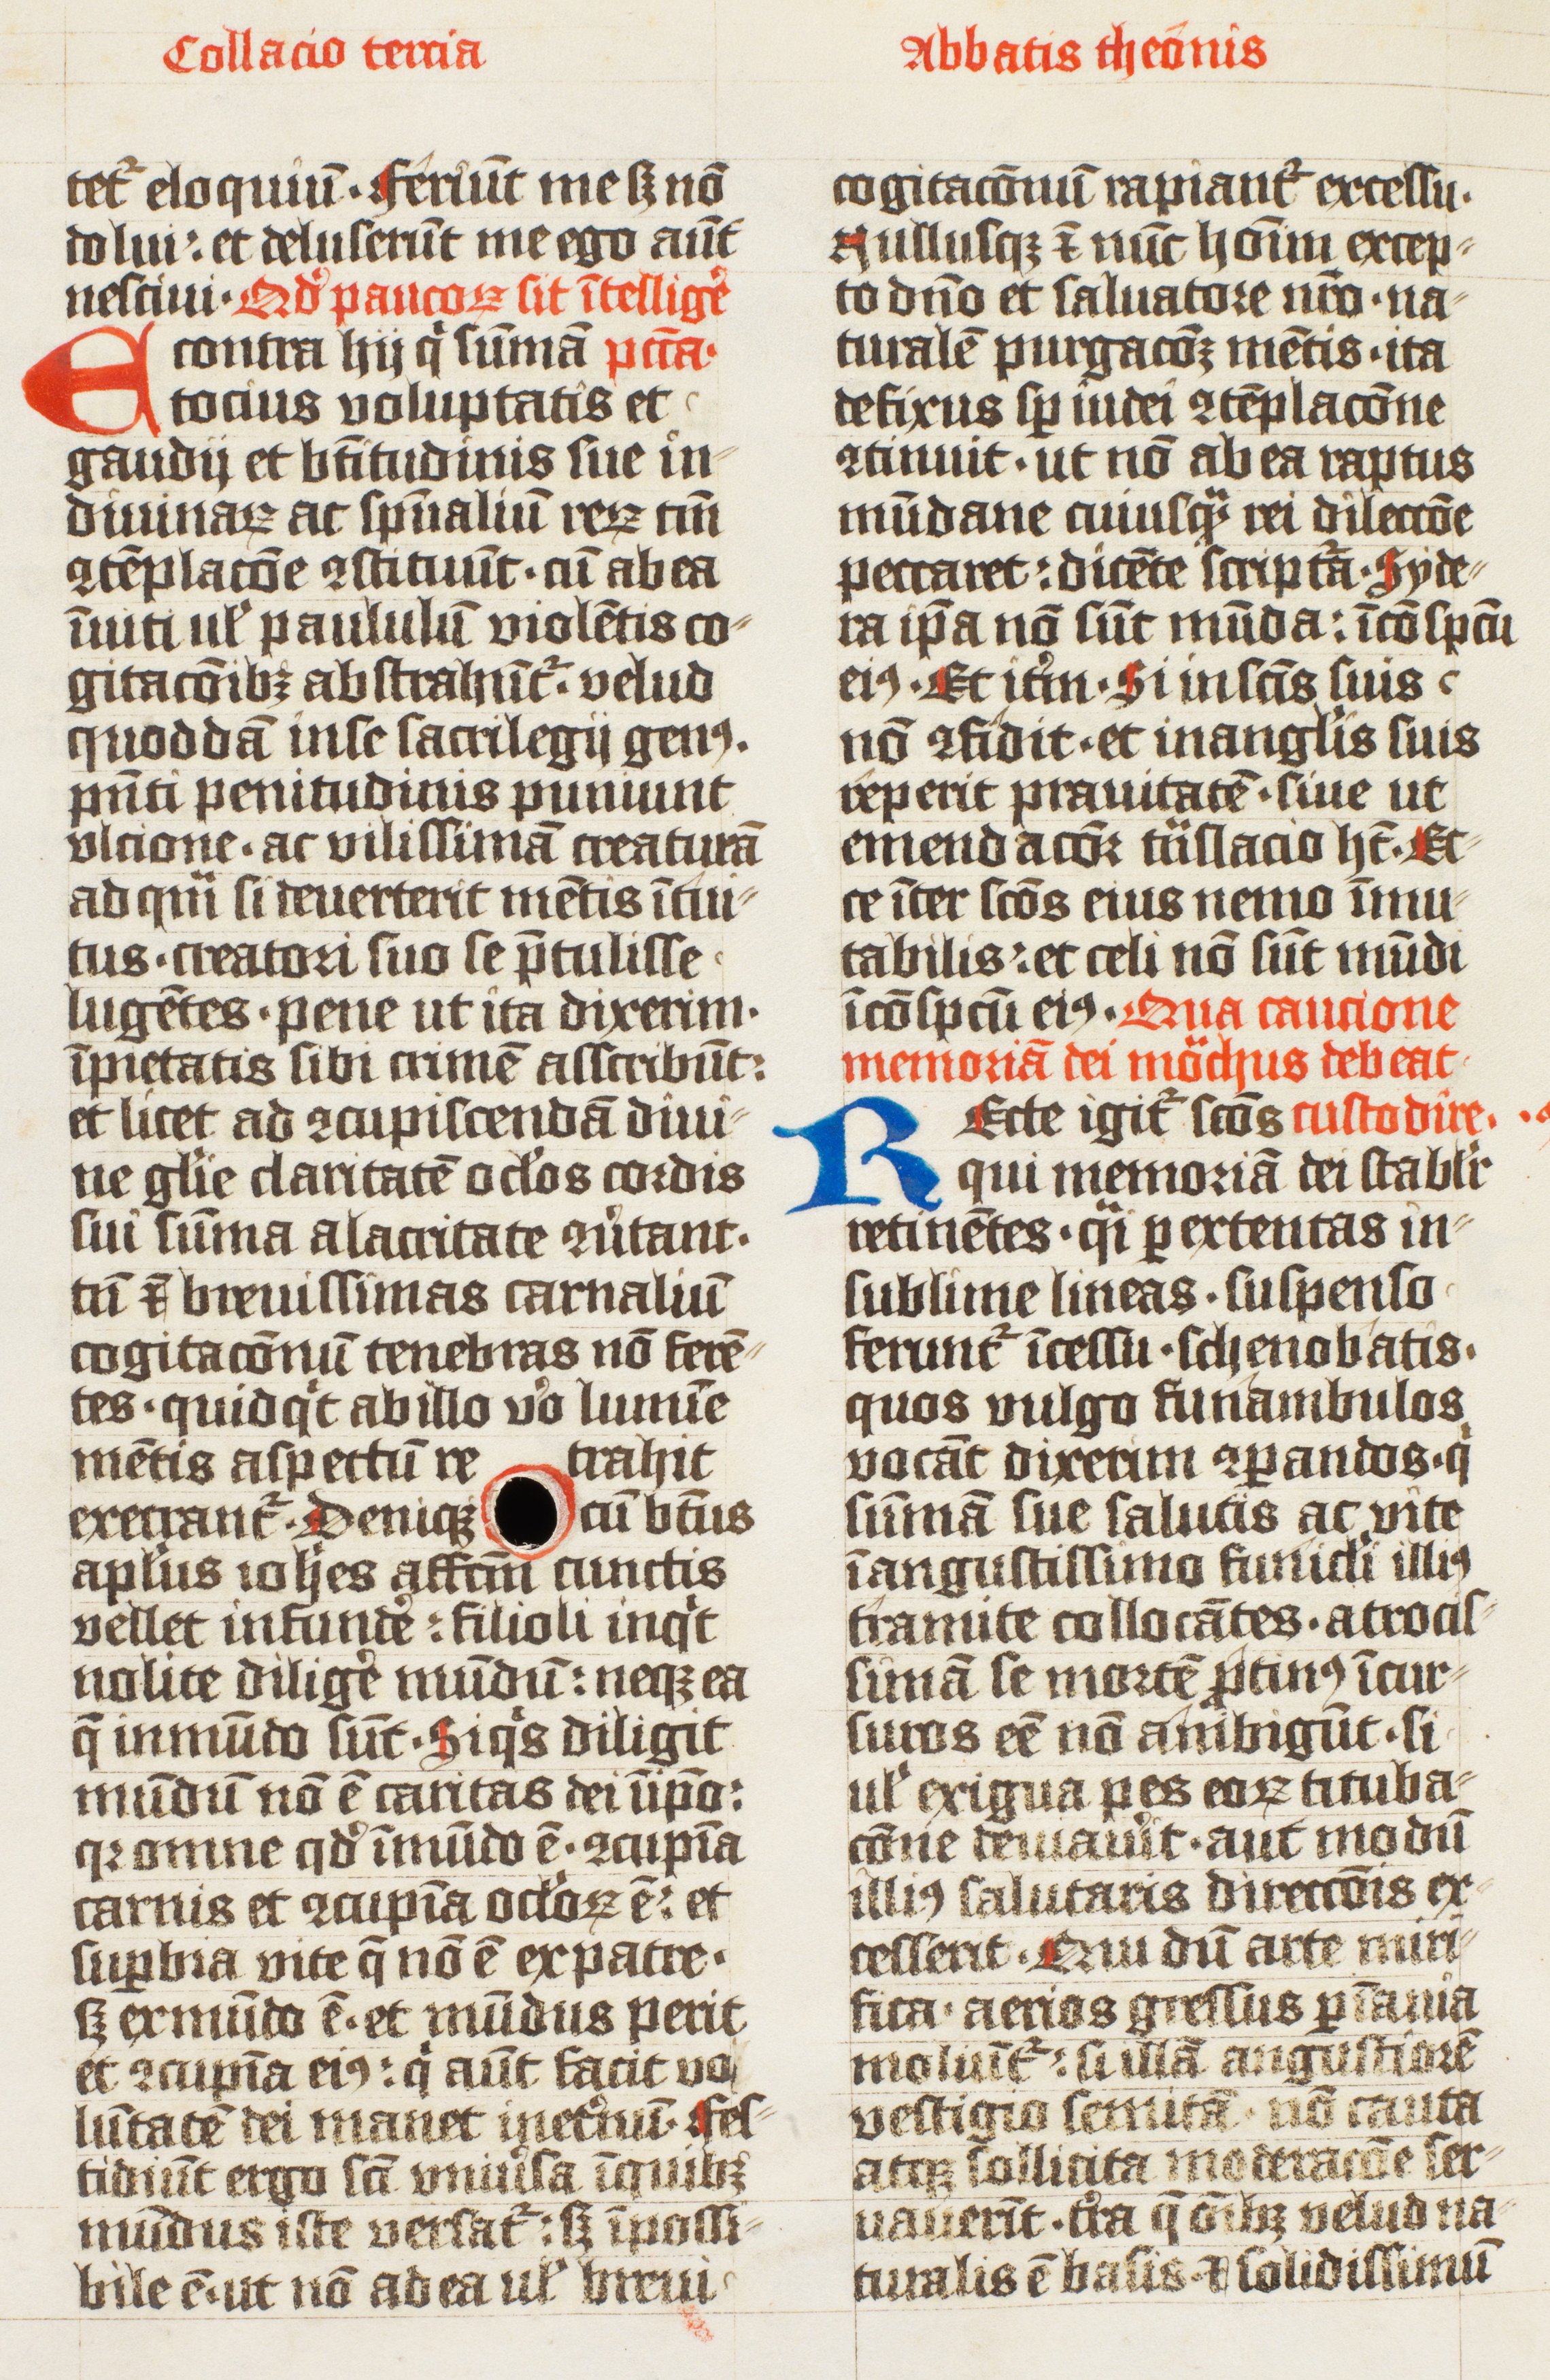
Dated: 1425–1425